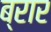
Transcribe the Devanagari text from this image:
ब्रार